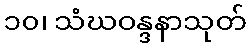
၁၀၊ သံဃဝန္ဒနာသုတ်